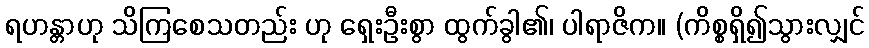
ရဟန္တာဟု သိကြစေသတည်း ဟု ရှေးဦးစွာ ထွက်ခွါ၏၊ ပါရာဇိက။ (ကိစ္စရှိ၍သွားလျှင်